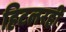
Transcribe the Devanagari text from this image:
हिटलरही